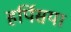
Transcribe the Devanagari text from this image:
हर्पिसया